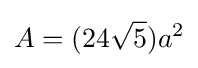
A=(24{\sqrt {5}})a^{2}